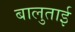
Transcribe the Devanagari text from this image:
बालुताई